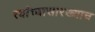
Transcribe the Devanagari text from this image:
त्यांच्यासारख्याच